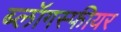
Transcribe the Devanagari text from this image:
ब्लॉगस्फीयर